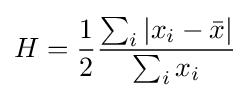
H={\frac {1}{2}}{\frac {\sum _{i}|x_{i}-{\bar {x}}|}{\sum _{i}x_{i}}}